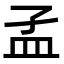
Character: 𥁂